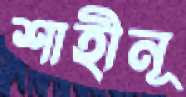
শাহীনূ